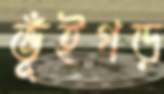
ভূঁইগড়